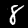
Label: 8